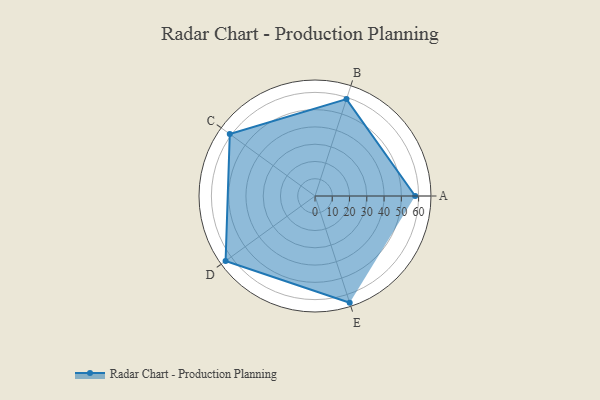
{"axis": {"x": "Skill", "y": "Score"}, "legend": ["Profile"], "data": [{"x": "A", "y": 58.0, "type": "Profile"}, {"x": "B", "y": 59.0, "type": "Profile"}, {"x": "C", "y": 61.0, "type": "Profile"}, {"x": "D", "y": 64.0, "type": "Profile"}, {"x": "E", "y": 65.0, "type": "Profile"}]}